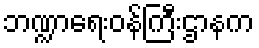
ဘဏ္ဍာရေးဝန်ကြီးဌာနက